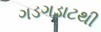
ગડગડાટથી